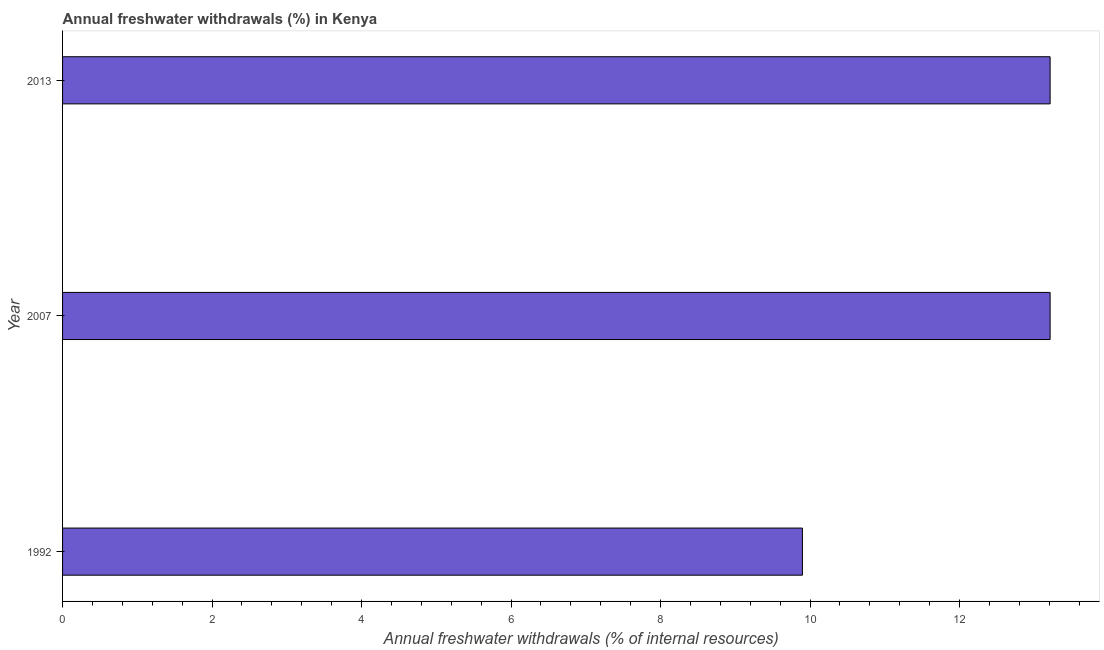
| Year | Annual freshwater withdrawals |
 | --- | --- |
 | 1992 | 9.9 |
 | 2007 | 13.2 |
 | 2013 | 13.2 |